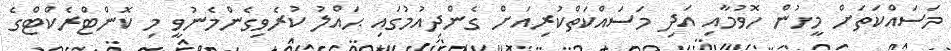
މަސައްކަތަށް މީހުން ހޮވުމާއި އަދި މަސައްކަތްކުރިއަށް ގެންދިއުމުގައި ޙައްލު ކުރެވިގެންމެނުވީ މި ކޮންޓްރެކްޓްގެ